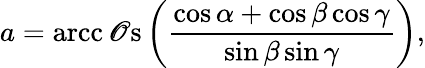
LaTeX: a=\operatorname{arcc\mathscr{O}s}\left({\frac{{\cos\alpha+\cos\beta\cos\gamma}}{{\sin\beta\sin\gamma}}}\right),